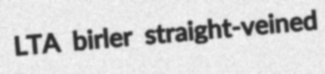
LTA birler straight-veined